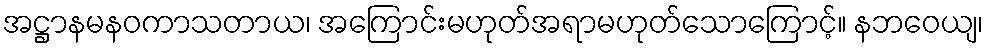
အဋ္ဌာနမနဝကာသတာယ၊ အကြောင်းမဟုတ်အရာမဟုတ်သောကြောင့်။ နဘဝေယျ၊